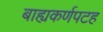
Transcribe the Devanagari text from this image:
बाह्यकर्णपटह